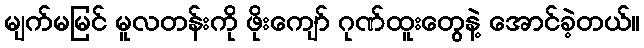
မျက်မမြင် မူလတန်းကို ဖိုးကျော် ဂုဏ်ထူးတွေနဲ့ အောင်ခဲ့တယ်။